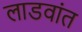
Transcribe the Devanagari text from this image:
लाडवांत